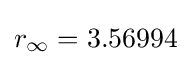
r_{\infty }=3.56994